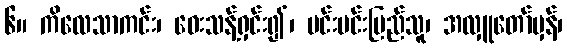
၆။ ကိလေသာကင်း၊ ဝေးသန့်ရှင်း၍၊ မင်းမင်းပြည်သူ၊ အလှူတော်မှန်၊